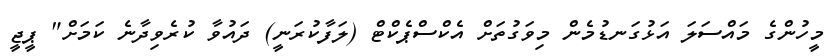
މީހުންގެ މައްސަލަ އަޅުގަނޑުމެން މިވަގުތަށް އެކްސްޕެކްޓް (ލަފާކުރަނީ) ދައުވާ ކުރެވިދާނެ ކަމަށް" ޕީޖީ